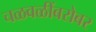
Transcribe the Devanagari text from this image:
चळवळींबरोबर